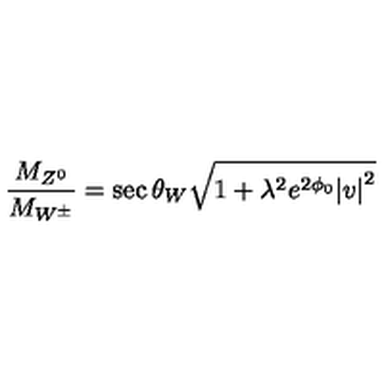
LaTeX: \frac { M _ { Z ^ { 0 } } } { M _ { W ^ { \pm } } } = \sec \theta _ { W } \sqrt { 1 + { \lambda } ^ { 2 } e ^ { 2 \phi _ { 0 } } { \vert v \vert } ^ { 2 } }